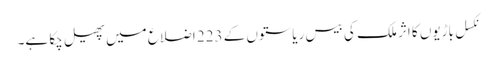
نکسل باڑیوں کا اثر ملک کی بیس ریاستوں کے 223 اضلاع میں پھیل چکا ہے۔